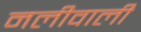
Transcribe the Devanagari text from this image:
नलीवाली